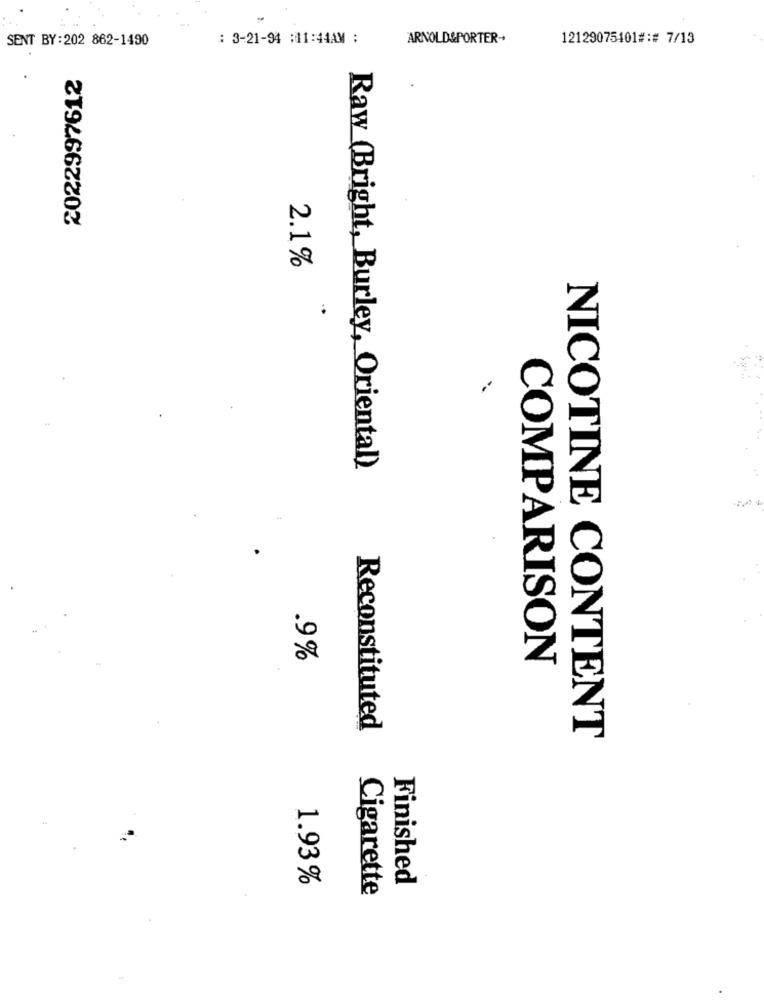
SENT BY:202 862-1490
: 3-21-94 :11:44AM :
ARNOLD&PORTER-
12129075401#:# 7/13
2022997612
2.1%
Raw (Bright, Burley, Oriental)
.9%
COMPARISON
Reconstituted
NICOTINE CONTENT
1.93%
Finished
Cigarette